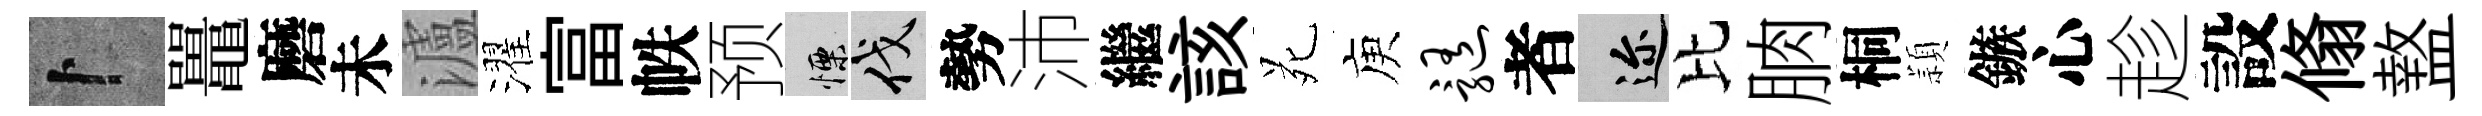
卜鼉磨未瀘濯富帙预慄伐勢沛繼該苑庾髓者邇比朒桐頴鏃心趁設翛盩